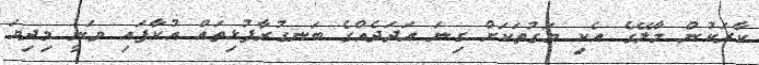
ކާރަކުން މާލޭގެ އެކި މަގުތަކަށް ގިނަ އަދަދެއްގެ ބަނގުރާފުޅިތައް އުކާފައި ވަނީ މިދިޔަ